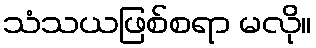
သံသယဖြစ်စရာ မလို။